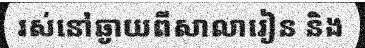
រស់នៅឆ្ងាយពីសាលារៀន និង